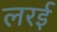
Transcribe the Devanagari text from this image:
लरई